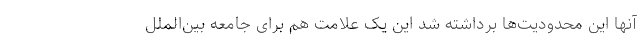
آنها این محدودیت‌ها برداشته شد این یک علامت هم برای جامعه بین‌الملل